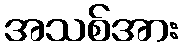
အသစ်အား